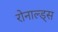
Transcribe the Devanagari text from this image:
रोनाल्ड्स